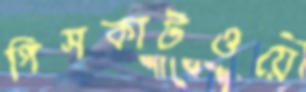
পিসকাটওয়ে